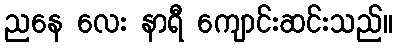
ညနေ လေး နာရီ ကျောင်းဆင်းသည်။